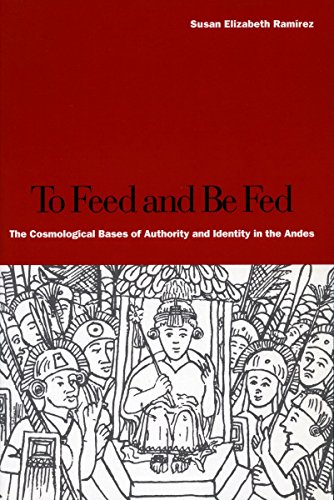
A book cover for To Feed and Be Fed: The Cosmological Bases of Authority and Identity in the Andes; Susan RamÃ­rez; History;